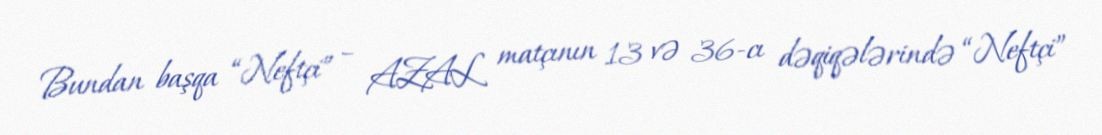
Bundan başqa “Neftçi” – AZAL matçının 13 və 36-cı dəqiqələrində “Neftçi”